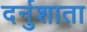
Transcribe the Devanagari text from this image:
दर्नुशाता